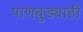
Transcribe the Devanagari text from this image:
पाणबुड्याही